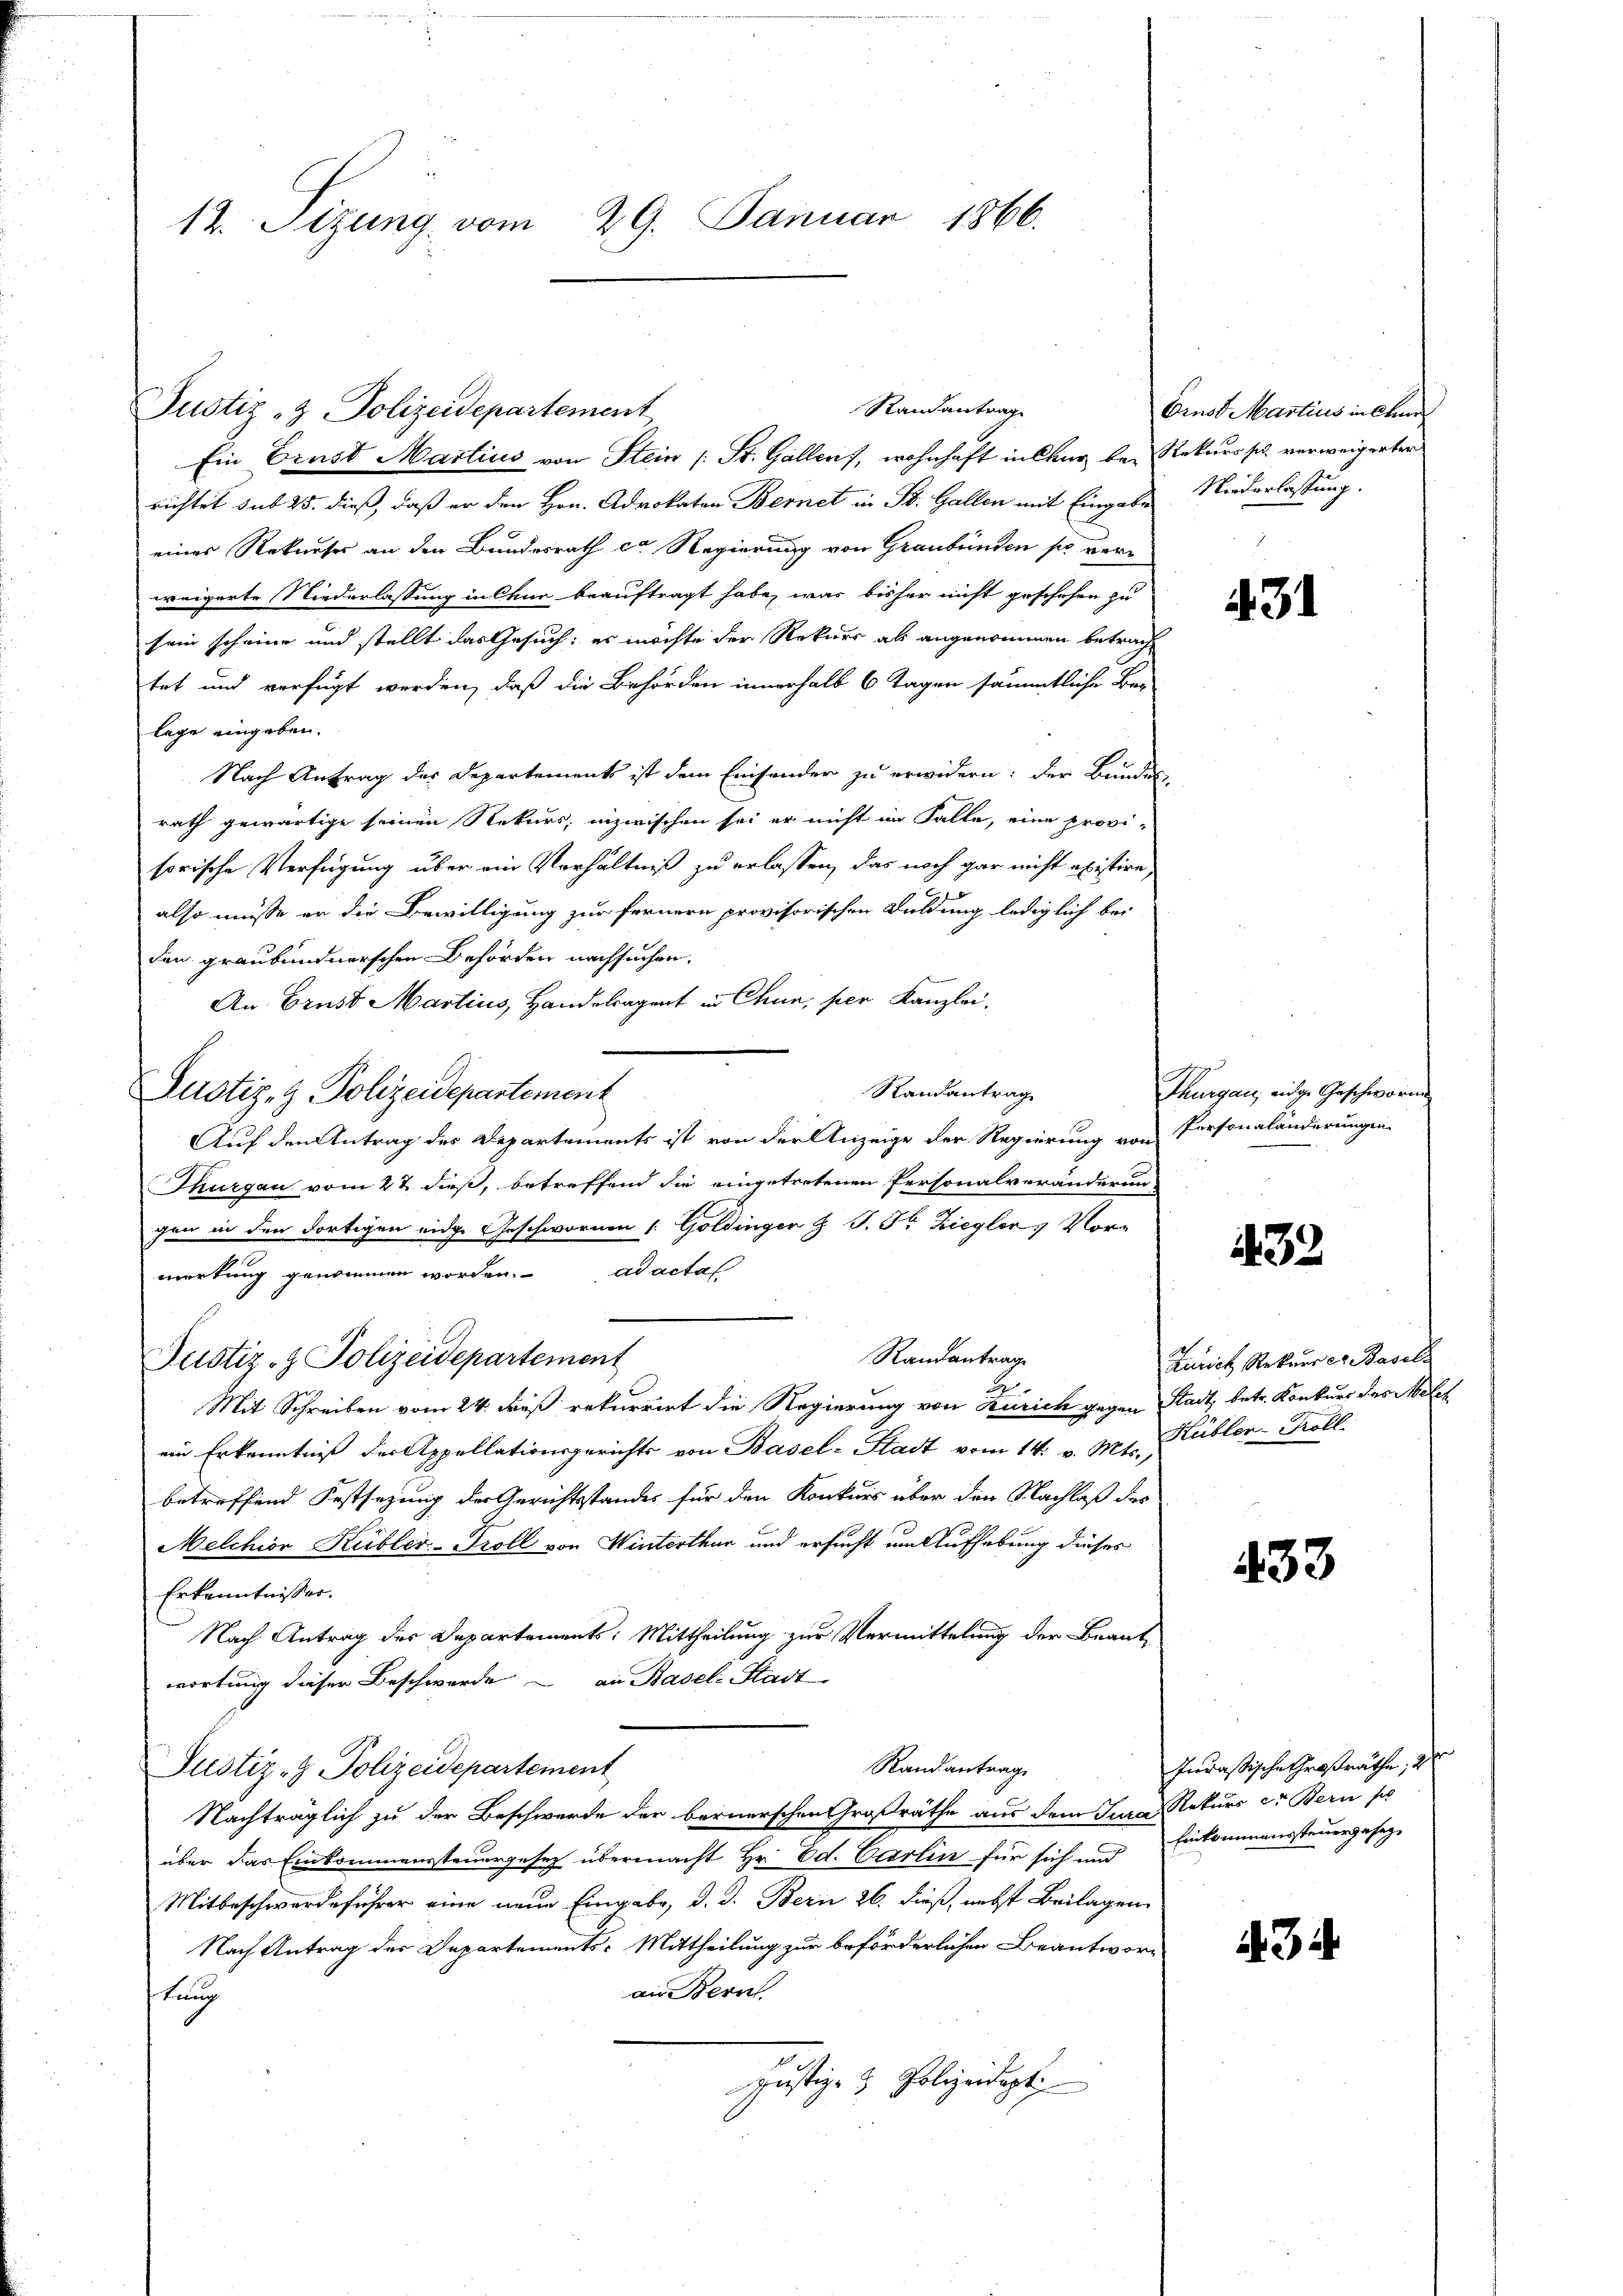
12. Sizung vom 29. Januar 1866.

Ein Erust Martius von Stein (: St. Gallen, wohnhaft in Chur bei Rekurs pl. verweigerter
richtet sub 25. dieß, daß er den Hrn. Advokaten Bernet in St. Gallen mit Eingabe Niederlassung.
eines Rekurses an den Bundesrath ca Regierung von Graubünden sie verweigerte Niederlassung in Chur beauftragt habe, was bisher nicht geschehen zu
sein scheine und stellt das Gesuch, es möchte der Rekurs ab angenommen betrag
tet und verfügt werden, daß die Behörden innerhalb 6 Tagen sämmtliche Be-
lage eingeben.
Nach Antrag des Departements ist dem Einsonder zu erwidern: der Bundes
rath gewärtige seinen Rekurs, inzwischen sei er nicht im Falle, eine provi-
sorische Verfügung über ein Verhältniß zu erlassen, das noch gar nicht existire,
also müsse er die Bewilligung zur fernern provisorischen Duldung lediglich bei
den graubündnerschen Behörden nachsuchen,
An Brust Martius, Handelagent in Chun, per Kanzlei-
Randantrag
Justiz- & Polizeidepartement
Auf den Antrag des Departements ist von der Anzeige der Regierung von
Thurgau vom 22. dieß, betreffend die eingetretenen Personalveränderun
gen in den dortigen eidg. Geschwornen 1. Goldinger & P. Fr. Ziegler Vor-
merkung genommen worden. ad actaf
Randantrage
Justiz- & Polizeidepartement
2
Mit Schreiben vom 24. dieß rekurrirt die Regierung von Kurich gegen Stadt, betr. Konkurs des Melch
ein Erkenntniß der Appellationsgerichts von Basel-Stadt vom 14. v. Mts.,
betreffend Festsezung der Gerichtsstandes für den Konkurs über die Nachlaß des
Melchion Kübler-Troll von Winterthur und ersucht um Aufhebung dieses
Erkenntnisser.
Nach Antrag des Departements: Mittheilung zur Vermittelung der Beantwortung dieser Beschwerde – an Basel-Stadt
Randantrag
Justiz- & Polizeidepartement
Nachträglich zu der Beschwerde der bernerschen Großräthe aus dem Jura Rekurs er Bern si
über das Einkommenssteuergesetz übermacht Hr. Ed. Carlin für sich und
Mitbeschwerdeführer eine neue Eingabe, d. d. Bern 26. dieß, nebst Beilagen,
Nach Antrag des Departements-Mittheilung zur beförderlichen Beantworainern
tung
Justiz- & Polizeidigt:

Justiz- & Polizeidepartement

Randantrag

Ernst Martius in Stun

431

Thurgau, eine Geschwörung
Personalanderungen

32

Zürich Rekurrer Basels
Hübler-Koll.

433

Inrastische Großräthe, d
Einkommenssteuergesez

3